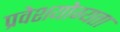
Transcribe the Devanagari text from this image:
प्रवेशयोग्यता